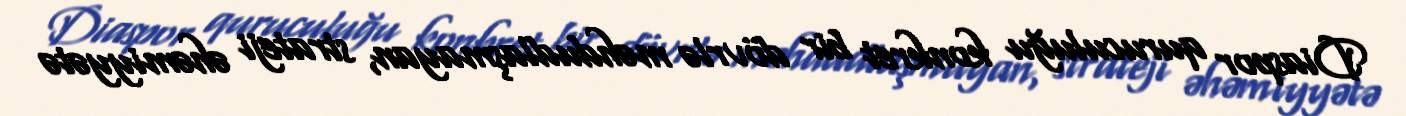
Diaspor quruculuğu konkret bir dövrlə məhdudlaşmayan, strateji əhəmiyyətə